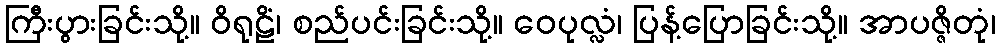
ကြီးပွားခြင်းသို့။ ဝိရုဠိံ၊ စည်ပင်းခြင်းသို့။ ဝေပုလ္လံ၊ ပြန့်ပြောခြင်းသို့။ အာပဇ္ဇိတုံ၊